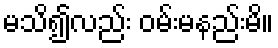
မသိ၍လည်း ဝမ်းမနည်းမိ။